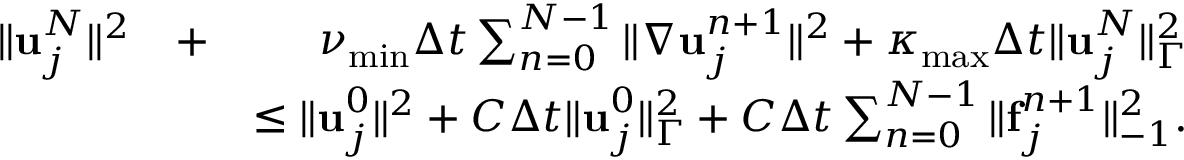
\begin{array} { r l r } { \| { \bf u } _ { j } ^ { N } \| ^ { 2 } } & { + } & { \nu _ { \operatorname* { m i n } } \Delta t \sum _ { n = 0 } ^ { N - 1 } \| \nabla { \bf u } _ { j } ^ { n + 1 } \| ^ { 2 } + \kappa _ { \operatorname* { m a x } } \Delta t \| { \bf u } _ { j } ^ { N } \| _ { \Gamma } ^ { 2 } } \\ & { } & { \le \| { \bf u } _ { j } ^ { 0 } \| ^ { 2 } + C \Delta t \| { \bf u } _ { j } ^ { 0 } \| _ { \Gamma } ^ { 2 } + C \Delta t \sum _ { n = 0 } ^ { N - 1 } \| { \bf f } _ { j } ^ { n + 1 } \| _ { - 1 } ^ { 2 } . } \end{array}